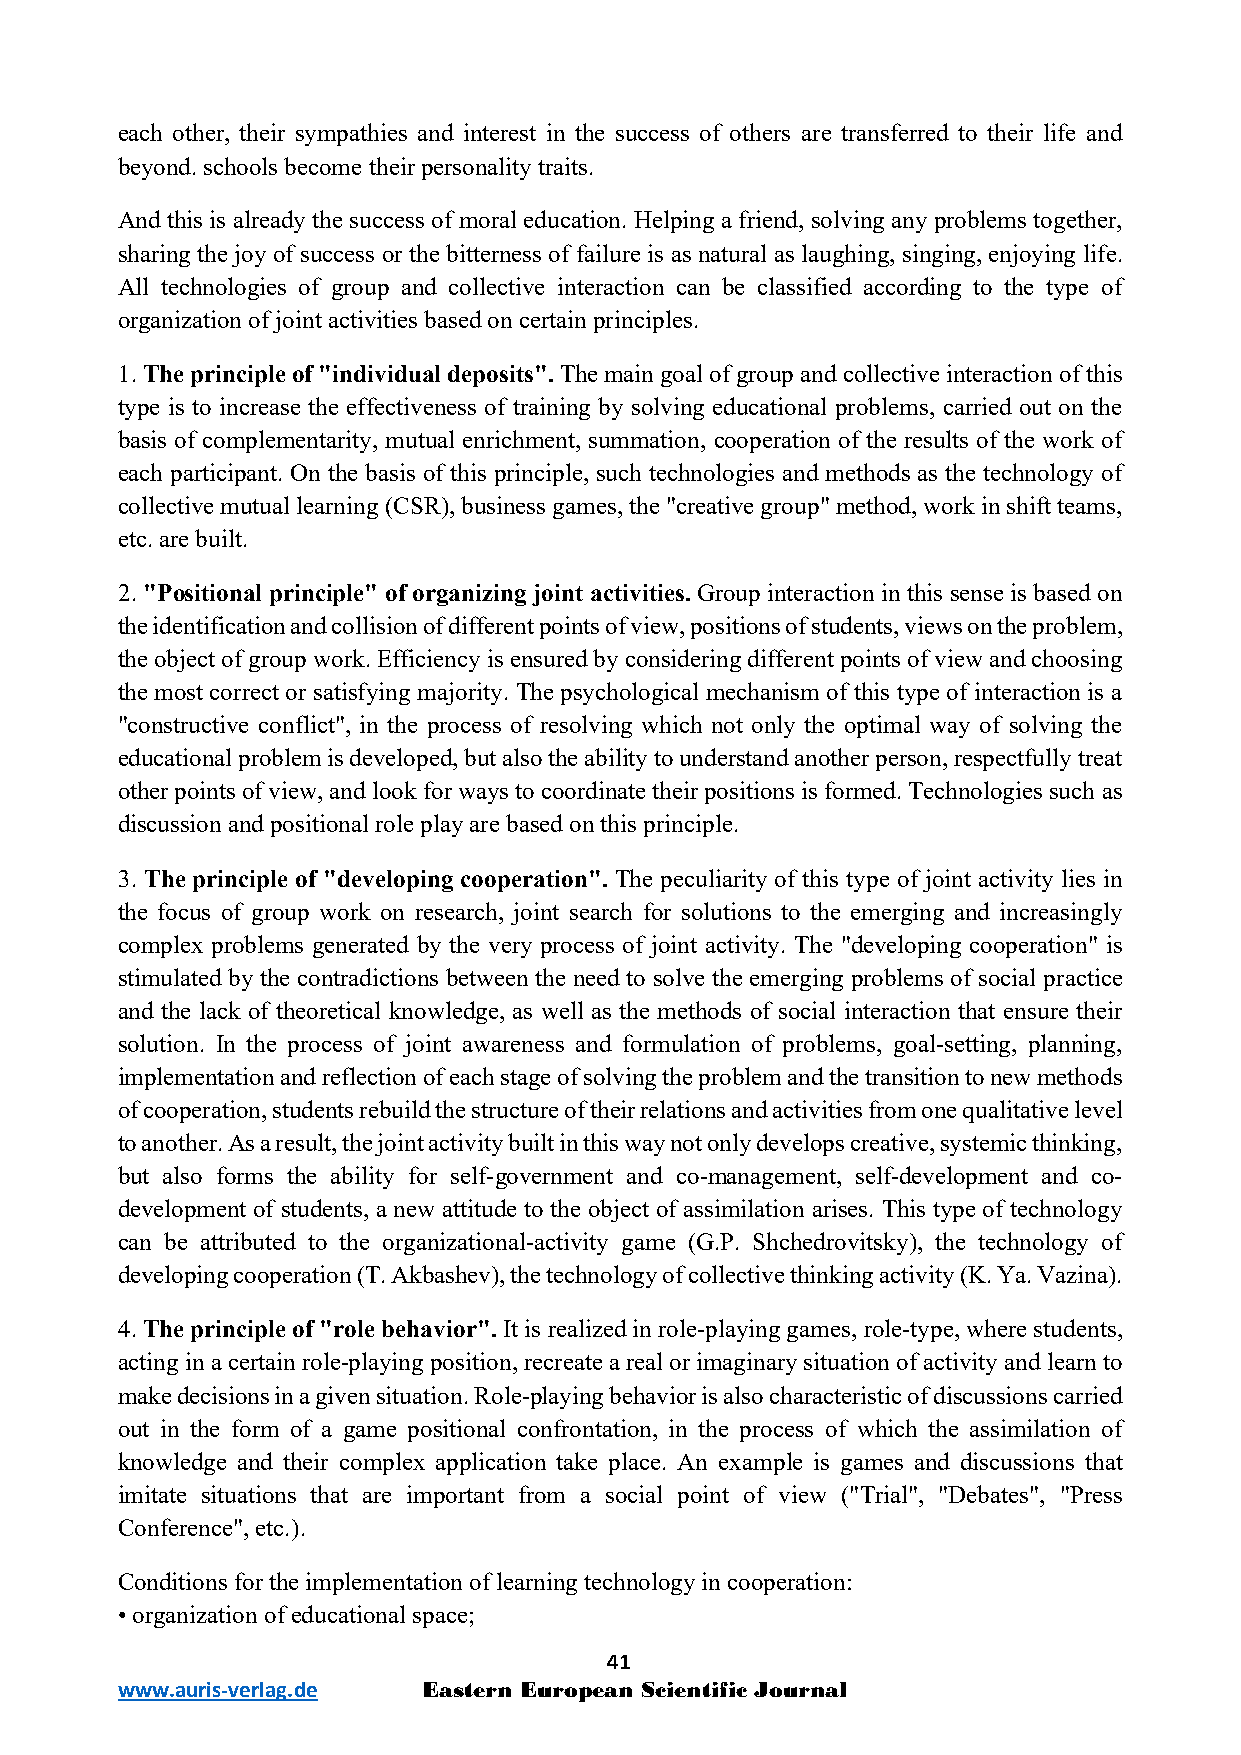
each other, their sympathies and interest in the success of others are transferred to their life and
 beyond. schools become their personality traits.
 And this is already the success of moral education. Helping a friend, solving any problems together,
 sharing the joy of success or the bitterness of failure is as natural as laughing, singing, enjoying life.
 All technologies of group and collective interaction can be classified according to the type of
 organization of joint activities based on certain principles.
 1.The principle of "individual deposits". The main goal of group and collective interaction of this
 type is to increase the effectiveness of training by solving educational problems, carried out on the
 basis of complementarity, mutual enrichment, summation, cooperation of the results of the work of
 each participant. On the basis of this principle, such technologies and methods as the technology of
 collective mutual learning (CSR), business games, the "creative group" method, work in shift teams,
 etc. are built.
 2. "Positional principle" of organizing joint activities. Group interaction in this sense is based on
 the identification and collision of different points of view, positions of students, views on the problem,
 the object of group work. Efficiency is ensured by considering different points of view and choosing
 the most correct or satisfying majority. The psychological mechanism of this type of interaction is a
 "constructive conflict", in the process of resolving which not only the optimal way of solving the
 educational problem is developed, but also the ability to understand another person, respectfully treat
 other points of view, and look for ways to coordinate their positions is formed. Technologies such as
 discussion and positional role play are based on this principle.
 3. The principle of "developing cooperation". The peculiarity of this type of joint activity lies in
 the focus of group work on research, joint search for solutions to the emerging and increasingly
 complex problems generated by the very process of joint activity. The "developing cooperation" is
 stimulated by the contradictions between the need to solve the emerging problems of social practice
 and the lack of theoretical knowledge, as well as the methods of social interaction that ensure their
 solution. In the process of joint awareness and formulation of problems, goal-setting, planning,
 implementation and reflection of each stage of solving the problem and the transition to new methods
 of cooperation, students rebuild the structure of their relations and activities from one qualitative level
 to another. As a result, the joint activity built in this way not only develops creative, systemic thinking,
 but also forms the ability for self-government and co-management, self-development and co-
 development of students, a new attitude to the object of assimilation arises. This type of technology
 can be attributed to the organizational-activity game (G.P. Shchedrovitsky), the technology of
 developing cooperation (T. Akbashev), the technology of collective thinking activity (K. Ya. Vazina).
 4.The principle of "role behavior". It is realized in role-playing games, role-type, where students,
 acting in a certain role-playing position, recreate a real or imaginary situation of activity and learn to
 make decisions in a given situation. Role-playing behavior is also characteristic of discussions carried
 out in the form of a game positional confrontation, in the process of which the assimilation of
 knowledge and their complex application take place. An example is games and discussions that
 imitate situations that are important from a social point of view ("Trial", "Debates", "Press
 Conference", etc.).
 Conditions for the implementation of learning technology in cooperation:
 •organization of educational space;
 41
 www.auris-verlag.de Eastern European Scientific Journal